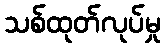
သစ်ထုတ်လုပ်မှု